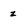
Character: z